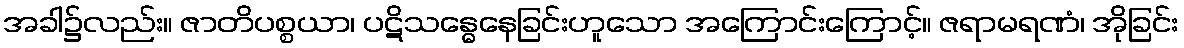
အခါ၌လည်း။ ဇာတိပစ္စယာ၊ ပဋိသန္ဓေနေခြင်းဟူသော အကြောင်းကြောင့်။ ဇရာမရဏံ၊ အိုခြင်း